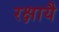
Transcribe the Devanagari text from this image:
रक्षायै